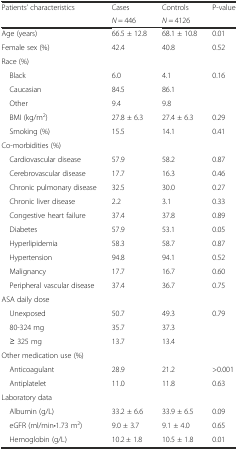
| <ROWSPAN=2> Patients’ characteristics | Cases | Controls | P-value |
 | N = 446 | N = 4126 |  |
 | --- | --- | --- | --- |
 | Age (years) | 66.5 ± 12.8 | 68.1 ± 10.8 | 0.01 |
 | Female sex (%) | 42.4 | 40.8 | 0.52 |
 | Race (%) |  |  |  |
 | Black | 6.0 | 4.1 | 0.16 |
 | Caucasian | 84.5 | 86.1 |  |
 | Other | 9.4 | 9.8 |  |
 | BMI (kg/m2) | 27.8 ± 6.3 | 27.4 ± 6.3 | 0.29 |
 | Smoking (%) | 15.5 | 14.1 | 0.41 |
 | Co-morbidities (%) |  |  |  |
 | Cardiovascular disease | 57.9 | 58.2 | 0.87 |
 | Cerebrovascular disease | 17.7 | 16.3 | 0.46 |
 | Chronic pulmonary disease | 32.5 | 30.0 | 0.27 |
 | Chronic liver disease | 2.2 | 3.1 | 0.33 |
 | Congestive heart failure | 37.4 | 37.8 | 0.89 |
 | Diabetes | 57.9 | 53.1 | 0.05 |
 | Hyperlipidemia | 58.3 | 58.7 | 0.87 |
 | Hypertension | 94.8 | 94.1 | 0.52 |
 | Malignancy | 17.7 | 16.7 | 0.60 |
 | Peripheral vascular disease | 37.4 | 36.7 | 0.75 |
 | ASA daily dose |  |  |  |
 | Unexposed | 50.7 | 49.3 | 0.79 |
 | 80-324 mg | 35.7 | 37.3 |  |
 | ≥ 325 mg | 13.7 | 13.4 |  |
 | Other medication use (%) |  |  |  |
 | Anticoagulant | 28.9 | 21.2 | >0.001 |
 | Antiplatelet | 11.0 | 11.8 | 0.63 |
 | Laboratory data |  |  |  |
 | Albumin (g/L) | 33.2 ± 6.6 | 33.9 ± 6.5 | 0.09 |
 | eGFR (ml/min•1.73 m2) | 9.0 ± 3.7 | 9.1 ± 4.0 | 0.65 |
 | Hemoglobin (g/L) | 10.2 ± 1.8 | 10.5 ± 1.8 | 0.01 |